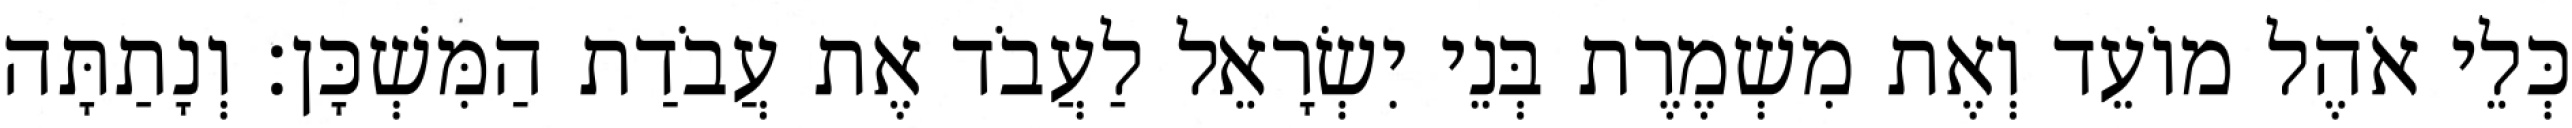
כְּלֵי אֹהֶל מוֹעֵד וְאֶת מִשְׁמֶרֶת בְּנֵי יִשְׂרָאֵל לַעֲבֹד אֶת עֲבֹדַת הַמִּשְׁכָּן׃ וְנָתַתָּה